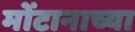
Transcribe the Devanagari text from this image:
मोंटानाच्या